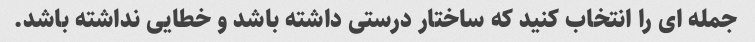
جمله ای را انتخاب کنید که ساختار درستی داشته باشد و خطایی نداشته باشد.